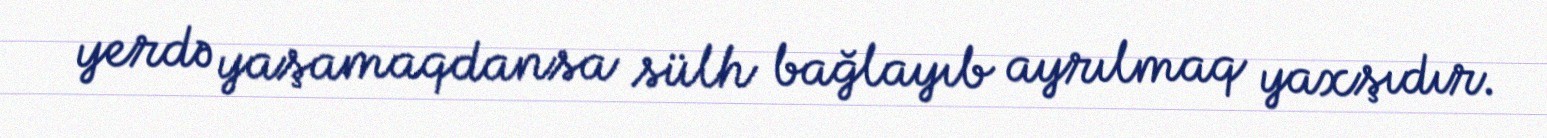
yerdə yaşamaqdansa sülh bağlayıb ayrılmaq yaxşıdır.